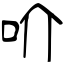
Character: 吤